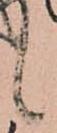
候